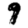
Digit: 9